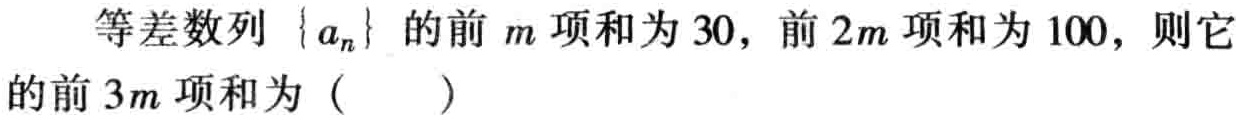
等差数列\(\{ a_{n}\}\)的前\(m\)项和为\(30\)，前\(2m\)项和为\(100\)，则它的前\(3m\)项和为（  ）